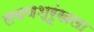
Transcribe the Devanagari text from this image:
लवणश्रृंखला